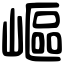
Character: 嶇